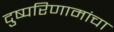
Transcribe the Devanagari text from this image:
दुष्परिणामांचा